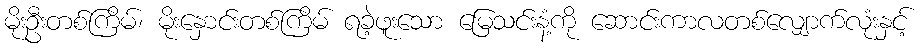
မိုးဦးတစ်ကြိမ်၊ မိုးနှောင်းတစ်ကြိမ် ရခဲ့ဖူးသော မြေသင်းနံ့ကို ဆောင်းကာလတစ်လျှောက်လုံးနှင့်